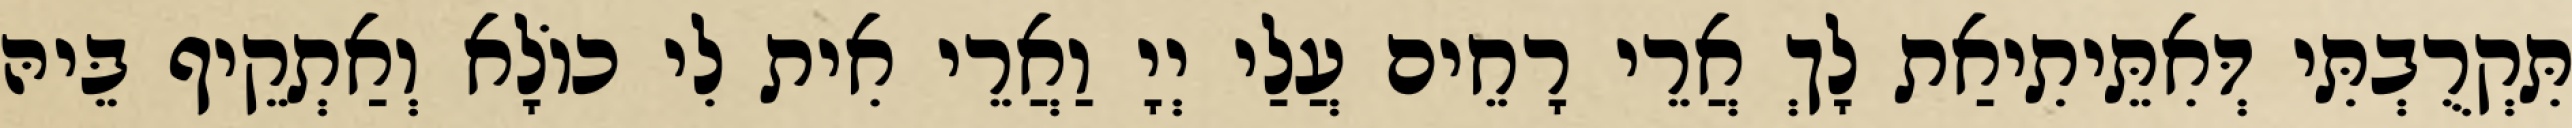
תִּקְרֻבְתִּי דְּאִתֵּיתִיאַת לָךְ אֲרֵי רָחֵים עֲלַי יְיָ וַאֲרֵי אִית לִי כוֹלָא וְאַתְקֵיף בֵּיהּ